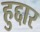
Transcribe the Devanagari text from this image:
हुद्दार